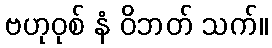
ဗဟုဝုစ် နံ ဝိဘတ် သက်။